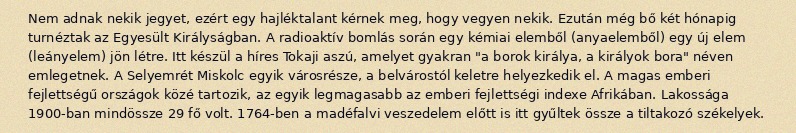
Nem adnak nekik jegyet, ezért egy hajléktalant kérnek meg, hogy vegyen nekik. Ezután még bő két hónapig turnéztak az Egyesült Királyságban. A radioaktív bomlás során egy kémiai elemből (anyaelemből) egy új elem (leányelem) jön létre. Itt készül a híres Tokaji aszú, amelyet gyakran "a borok királya, a királyok bora" néven emlegetnek. A Selyemrét Miskolc egyik városrésze, a belvárostól keletre helyezkedik el. A magas emberi fejlettségű országok közé tartozik, az egyik legmagasabb az emberi fejlettségi indexe Afrikában. Lakossága 1900-ban mindössze 29 fő volt. 1764-ben a madéfalvi veszedelem előtt is itt gyűltek össze a tiltakozó székelyek.